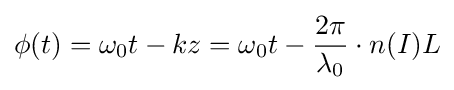
\phi (t)=\omega _{0}t-kz=\omega _{0}t-{\frac {2\pi }{\lambda _{0}}}\cdot n(I)L